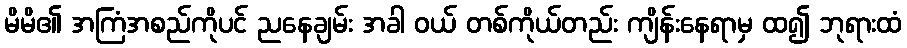
မိမိ၏ အကြံအစည်ကိုပင် ညနေချမ်း အခါ ဝယ် တစ်ကိုယ်တည်း ကျိန်းနေရာမှ ထ၍ ဘုရားထံ